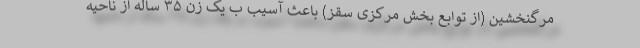
مرگنخشین (از توابع بخش مرکزی سقز) باعث آسیب ب یک زن ۳۵ ساله از ناحیه